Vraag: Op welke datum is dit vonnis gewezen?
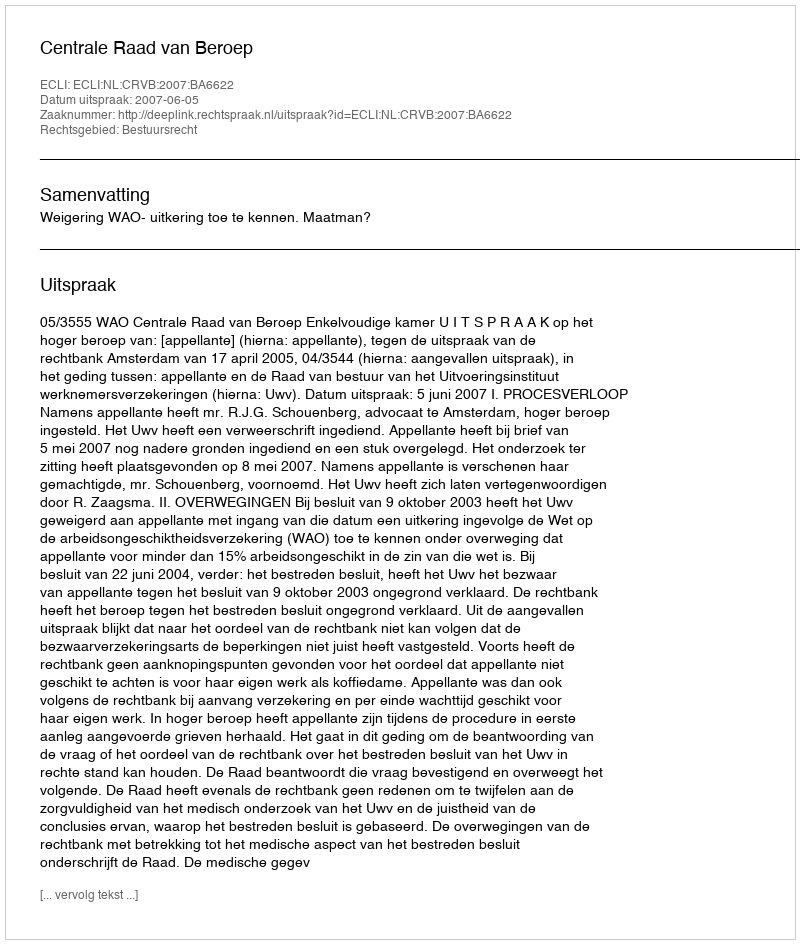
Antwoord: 2007-06-05